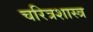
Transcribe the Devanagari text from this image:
चरित्रशास्त्र